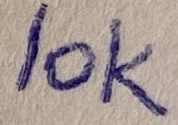
Text: 10K